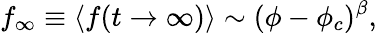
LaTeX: f_{\infty}\equiv\langle f(t\to\infty)\rangle\sim(\phi-\phi_{c})^{\beta},